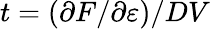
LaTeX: t=(\partial F/\partial\varepsilon)/DV